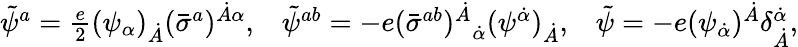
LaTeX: \begin{array}{lll}{{\tilde{\psi}^{a}={\frac{e}{2}}(\psi_{\alpha})_{\dot{A}}(\bar{\sigma}^{a})^{\dot{A}\alpha},}}&{{\tilde{\psi}^{ab}=-e{(\bar{\sigma}^{ab})^{\dot{A}}}_{\dot{\alpha}}(\psi^{\dot{\alpha}})_{\dot{A}},}}&{{\tilde{\psi}=-e(\psi_{\dot{\alpha}})^{\dot{A}}\delta_{\dot{A}}^{\dot{\alpha}},}}\end{array}